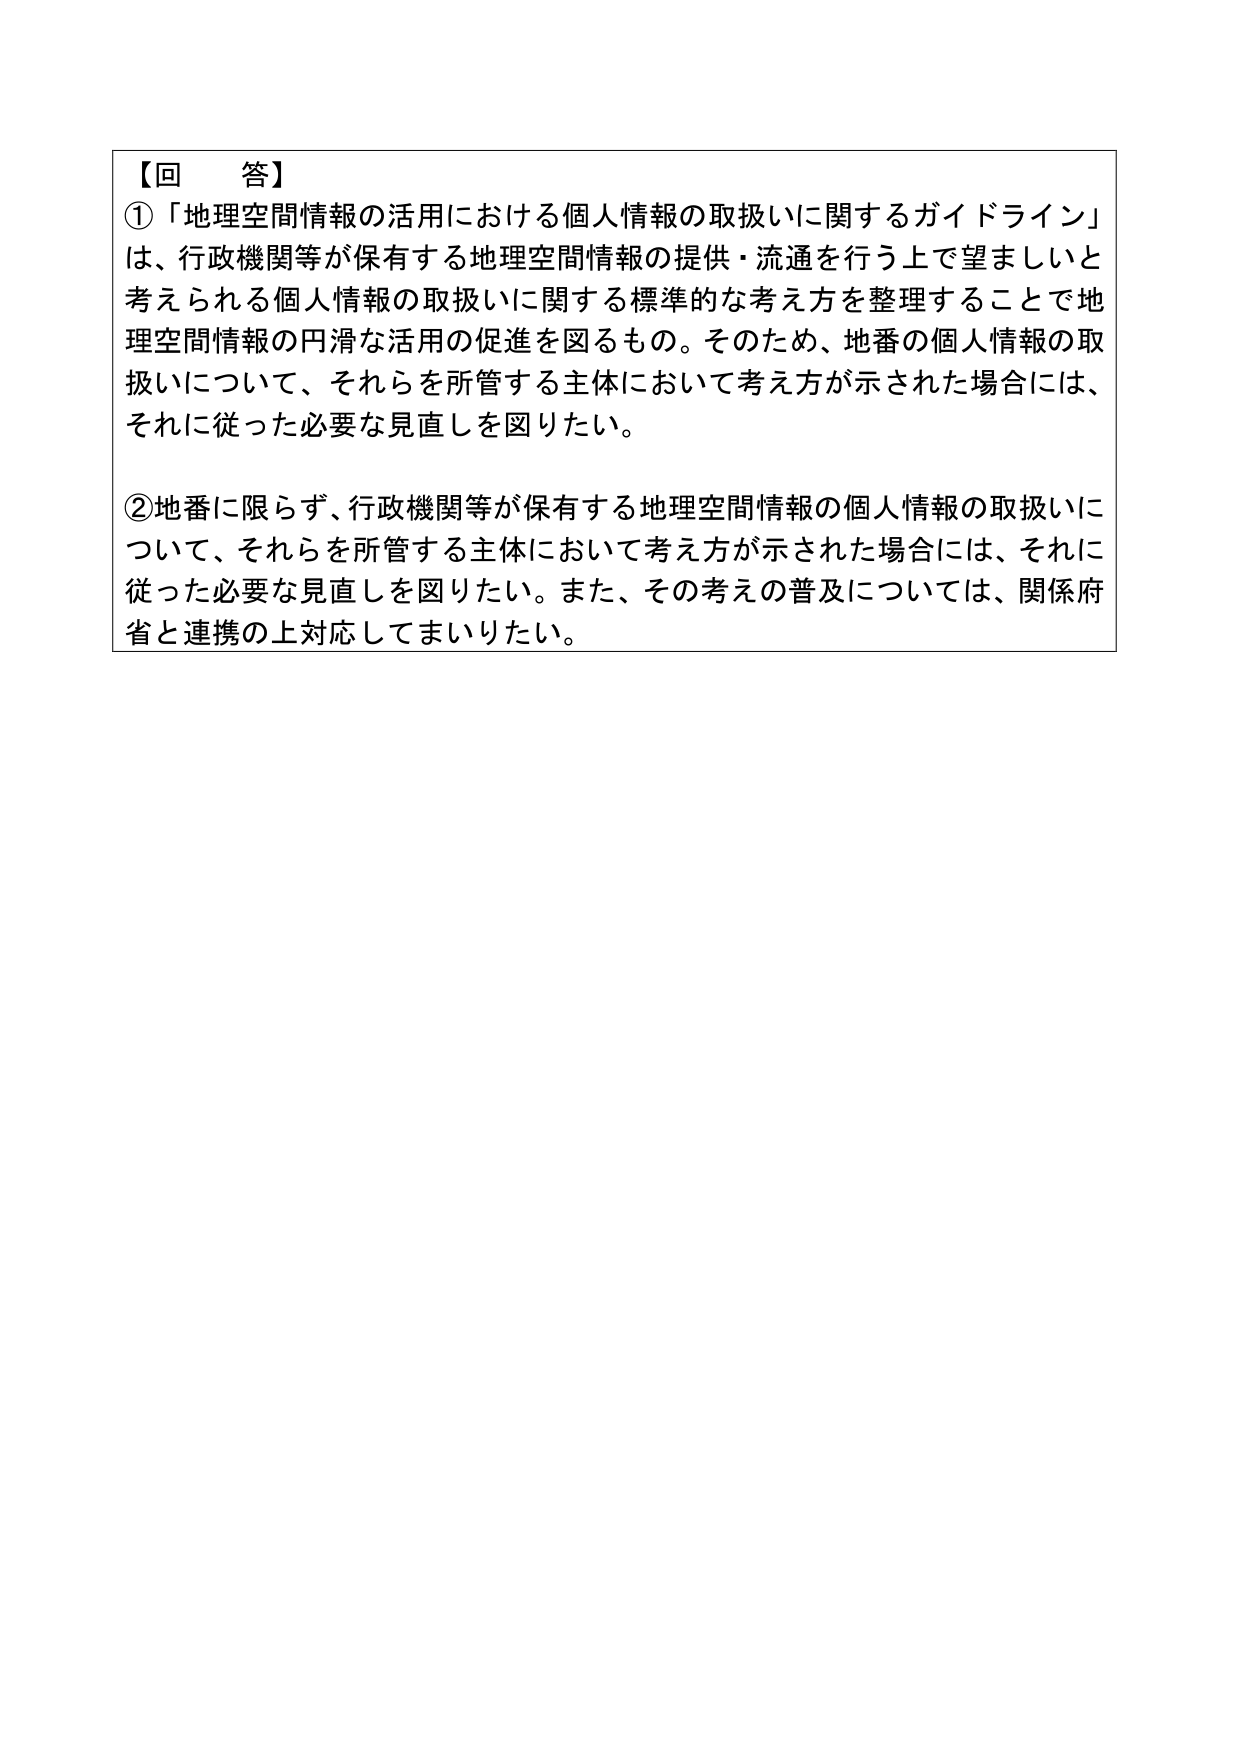
【回　答】
①「地理空間情報の活用における個人情報の取扱いに関するガイドライン」
は、行政機関等が保有する地理空間情報の提供・流通を行う上で望ましいと
考えられる個人情報の取扱いに関する標準的な考え方を整理することで地
理空間情報の円滑な活用の促進を図るもの。そのため、地番の個人情報の取
扱いについて、それらを所管する主体において考え方が示された場合には、
それに従った必要な見直しを図りたい。

②地番に限らず、行政機関等が保有する地理空間情報の個人情報の取扱いに
ついて、それらを所管する主体において考え方が示された場合には、それに
従った必要な見直しを図りたい。また、その考えの普及については、関係府
省と連携の上対応してまいりたい。